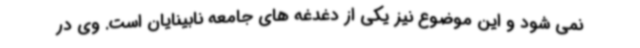
نمی شود و این موضوع نیز یکی از دغدغه های جامعه نابینایان است. وی در